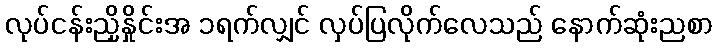
လုပ်ငန်းညှိနှိုင်းအ ၁ရက်လျှင် လှပ်ပြလိုက်လေသည် နောက်ဆုံးညစာ